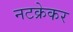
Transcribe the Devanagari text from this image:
नटक्रेकर